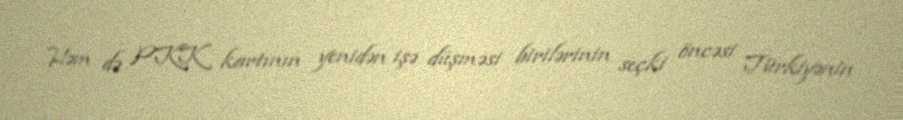
Həm də PKK kartının yenidən işə düşməsi birilərinin seçki öncəsi Türkiyənin